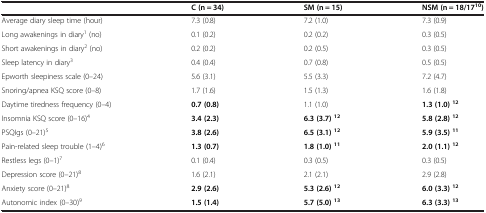
<table><thead><tr><td><b> </b></td><td><b>C (n = 34)</b></td><td><b>SM (n = 15)</b></td><td><b>NSM (n = 18/17<sup>10</sup>)</b></td></tr></thead><tbody><tr><td>Average diary sleep time (hour)</td><td>7.3 (0.8)</td><td>7.2 (1.0)</td><td>7.3 (0.9)</td></tr><tr><td>Long awakenings in diary<sup>1</sup> (no)</td><td>0.1 (0.2)</td><td>0.2 (0.2)</td><td>0.3 (0.5)</td></tr><tr><td>Short awakenings in diary<sup>2</sup> (no)</td><td>0.2 (0.2)</td><td>0.2 (0.5)</td><td>0.3 (0.5)</td></tr><tr><td>Sleep latency in diary<sup>3</sup></td><td>0.4 (0.4)</td><td>0.7 (0.8)</td><td>0.5 (0.5)</td></tr><tr><td>Epworth sleepiness scale (0–24)</td><td>5.6 (3.1)</td><td>5.5 (3.3)</td><td>7.2 (4.7)</td></tr><tr><td>Snoring/apnea KSQ score (0–8)</td><td>1.7 (1.6)</td><td>1.5 (1.3)</td><td>1.6 (1.8)</td></tr><tr><td>Daytime tiredness frequency (0–4)</td><td><b>0.7 (0.8)</b></td><td>1.1 (1.0)</td><td><b>1.3 (1.0) </b><sup><b>12</b></sup></td></tr><tr><td>Insomnia KSQ score (0–16)<sup>4</sup></td><td><b>3.4 (2.3)</b></td><td><b>6.3 (3.7) </b><sup><b>12</b></sup></td><td><b>5.8 (2.8) </b><sup><b>12</b></sup></td></tr><tr><td>PSQIgs (0–21)<sup>5</sup></td><td><b>3.8 (2.6)</b></td><td><b>6.5 (3.1) </b><sup><b>12</b></sup></td><td><b>5.9 (3.5) </b><sup><b>11</b></sup></td></tr><tr><td>Pain-related sleep trouble (1–4)<sup>6</sup></td><td><b>1.3 (0.7)</b></td><td><b>1.8 (1.0) </b><sup><b>11</b></sup></td><td><b>2.0 (1.1) </b><sup><b>12</b></sup></td></tr><tr><td>Restless legs (0–1)<sup>7</sup></td><td>0.1 (0.4)</td><td>0.3 (0.5)</td><td>0.3 (0.5)</td></tr><tr><td>Depression score (0–21)<sup>8</sup></td><td>1.6 (2.1)</td><td>2.1 (2.1)</td><td>2.9 (2.8)</td></tr><tr><td>Anxiety score (0–21)<sup>8</sup></td><td><b>2.9 (2.6)</b></td><td><b>5.3 (2.6) </b><sup><b>12</b></sup></td><td><b>6.0 (3.3) </b><sup><b>12</b></sup></td></tr><tr><td>Autonomic index (0–30)<sup>9</sup></td><td><b>1.5 (1.4)</b></td><td><b>5.7 (5.0) </b><sup><b>13</b></sup></td><td><b>6.3 (3.3) </b><sup><b>13</b></sup></td></tr></tbody></table>